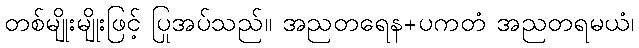
တစ်မျိုးမျိုးဖြင့် ပြုအပ်သည်။ အညတရေန+ပကတံ အညတရမယံ၊